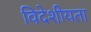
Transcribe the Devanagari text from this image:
विदेशीयता